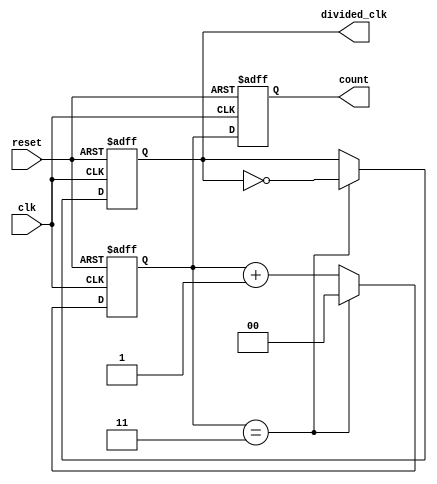
module divide_by_n_counter #(
    parameter N = 4  // Default division factor, can be overridden
) (
    input wire clk,          // Clock input
    input wire reset,        // Asynchronous reset
    output reg [log2(N)-1:0] count,  // Current count value
    output reg divided_clk    // Divided clock output
);

    // Function to calculate log2 of a number
    function integer log2;
        input integer value;
        begin
            log2 = 0;
            while (2**log2 < value) begin
                log2 = log2 + 1;
            end
        end
    endfunction

    // Internal counter register
    reg [log2(N)-1:0] counter;

    // Always block for counter logic
    always @(posedge clk or posedge reset) begin
        if (reset) begin
            counter <= 0;
            count <= 0;
            divided_clk <= 0;
        end else begin
            if (counter == N-1) begin
                counter <= 0;  // Reset counter
                divided_clk <= ~divided_clk;  // Toggle divided clock
            end else begin
                counter <= counter + 1;  // Increment counter
            end
            count <= counter;  // Update count output
        end
    end

endmodule